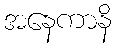
အနေကာနိ